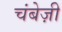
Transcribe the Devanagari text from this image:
चंबेज़ी